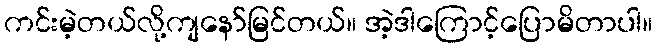
ကင်းမဲ့တယ်လို့ကျနော်မြင်တယ်။ အဲ့ဒါကြောင့်ပြောမိတာပါ။